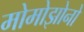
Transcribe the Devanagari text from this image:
मोमोझोनो